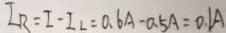
I _ { R } = I - I _ { L } = 0 . 6 A - 0 . 5 A = 0 . 1 A